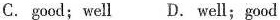
C. good; well D. well;good